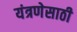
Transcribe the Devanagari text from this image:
यंत्रणेसाठी